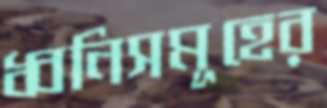
ধ্বনিসমূহের